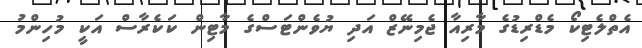
އެތްލެޓިކޯ މެޑްރިޑުގެ މާރިއާ ޖެމިނޭޒް އަދި ޔުވެންޓަަސްގެ މާޓިން ކަކެރާސް އަކީ މުހިންމު